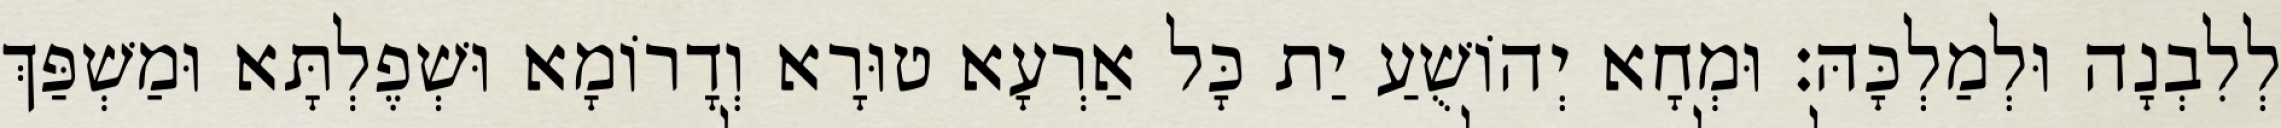
לְלִבְנָה וּלְמַלְכָּהּ׃ וּמְחָא יְהוֹשֻׁעַ יַת כָּל אַרְעָא טוּרָא וְדָרוֹמָא וּשְׁפֶלְתָּא וּמַשְׁפַּךְ